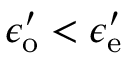
\epsilon _ { \mathrm { o } } ^ { \prime } < \epsilon _ { \mathrm { e } } ^ { \prime }